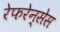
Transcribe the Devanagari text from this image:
रेफरेन्सेस